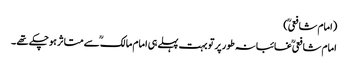
(امام شافعیؒ )
امام شافعیؒ غائبانہ طورپر تو بہت پہلے ہی امام مالکؒ سے متاثر ہوچکے تھے ۔